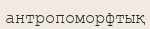
антропоморфтық